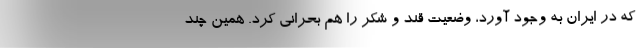
که در ایران به وجود آورد، وضعیت قند و شکر را هم بحرانی کرد. همین چند